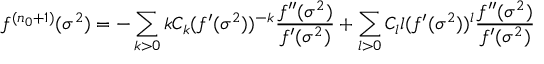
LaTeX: f ^ { ( n _ { 0 } + 1 ) } ( \sigma ^ { 2 } ) = - \sum _ { k > 0 } k C _ { k } ( f ^ { \prime } ( \sigma ^ { 2 } ) ) ^ { - k } \frac { f ^ { \prime \prime } ( \sigma ^ { 2 } ) } { f ^ { \prime } ( \sigma ^ { 2 } ) } + \sum _ { l > 0 } C _ { l } l ( f ^ { \prime } ( \sigma ^ { 2 } ) ) ^ { l } \frac { f ^ { \prime \prime } ( \sigma ^ { 2 } ) } { f ^ { \prime } ( \sigma ^ { 2 } ) }